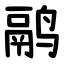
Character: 鹝